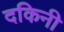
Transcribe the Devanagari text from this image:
दकिनी